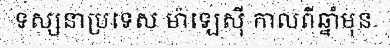
ទស្សនាប្រទេស ម៉ាឡេស៊ី កាលពីឆ្នាំមុន